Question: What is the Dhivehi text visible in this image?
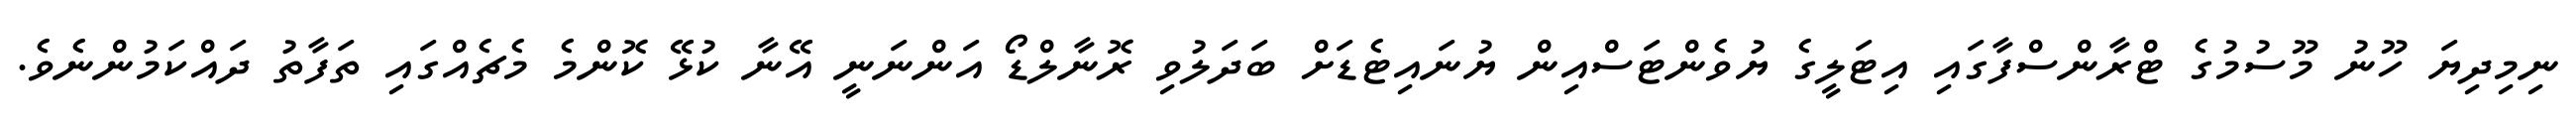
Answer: ނިމިދިޔަ ހޫނު މޫސުމުގެ ޓްރާންސްފާގައި އިޓަލީގެ ޔުވެންޓަސްއިން ޔުނައިޓެޑަށް ބަދަލުވި ރޮނާލްޑޯ އަންނަނީ އޭނާ ކުޅޭ ކޮންމެ މެޗެއްގައި ތަފާތު ދައްކަމުންނެވެ.